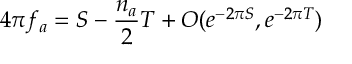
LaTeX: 4 \pi f _ { a } = S - \frac { n _ { a } } { 2 } T + { \cal O } ( e ^ { - 2 \pi S } , e ^ { - 2 \pi T } )